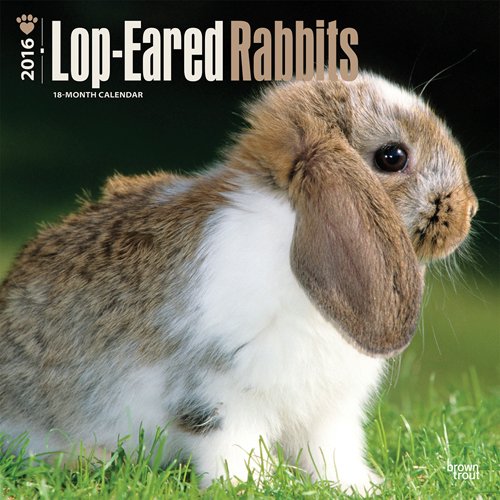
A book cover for Lop-Eared Rabbits 2016 Square 12x12 (Multilingual Edition); Browntrout Publishers; Crafts, Hobbies & Home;